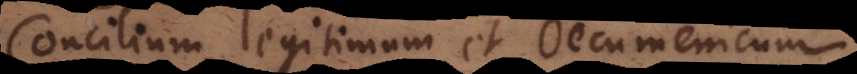
Concilium legitimum et Oecumenicum